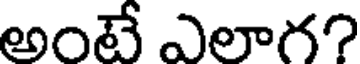
అంటే ఎలాగ?